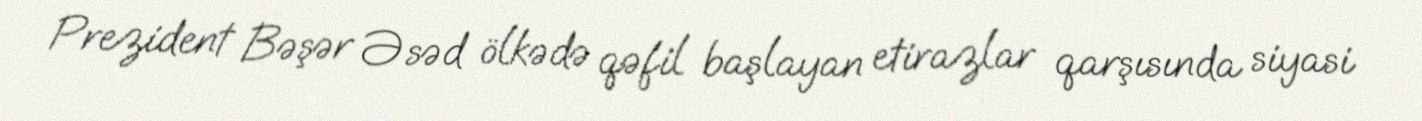
Prezident Bəşər Əsəd ölkədə qəfil başlayan etirazlar qarşısında siyasi